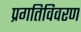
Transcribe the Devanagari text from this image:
प्रगतिविवरण